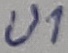
Text: U1